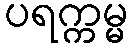
ပရက္ကမ္မ